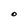
Character: O